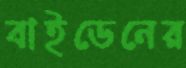
বাইডেনের